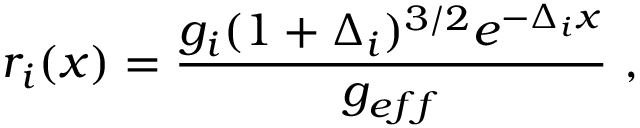
r _ { i } ( x ) = \frac { g _ { i } ( 1 + \Delta _ { i } ) ^ { 3 / 2 } e ^ { - \Delta _ { i } x } } { g _ { e f f } } ~ ,